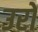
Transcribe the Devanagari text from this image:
उरो